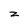
Character: z